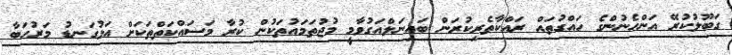
ގަބޫލުކުރޭ އަންހެނުންގެ ހައްގުތައް ރައްކާތެރިކުރަން ބައިނަލްއަގުވާމީ މުޖުތަމައުތަކުން ކުރާ މަސައްކަތްތަކަށް އަޅުގަނޑު މަރުހަބާ